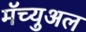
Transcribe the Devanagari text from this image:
मॅच्युअल